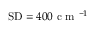
\mathrm { S D } = 4 0 0 \textrm { c m } ^ { - 1 }